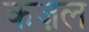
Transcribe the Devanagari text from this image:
कज़ल